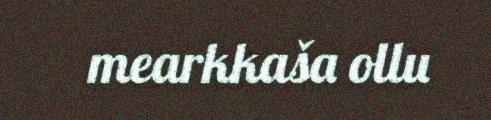
mearkkaša ollu